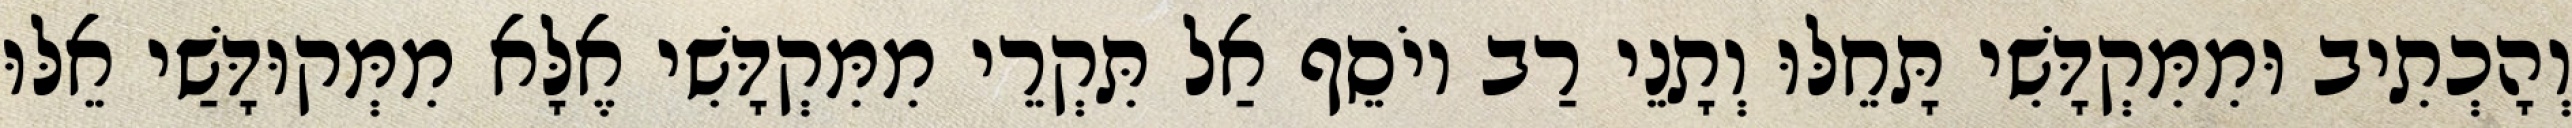
וְהָכְתִיב וּמִמִּקְדָּשִׁי תָּחֵלּוּ וְתָנֵי רַב יוֹסֵף אַל תִּקְרֵי מִמִּקְדָּשִׁי אֶלָּא מִמְּקוּדָּשַׁי אֵלּוּ